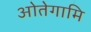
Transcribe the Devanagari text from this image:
ओतेगामि